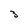
Character: 3